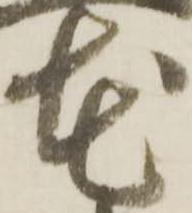
花